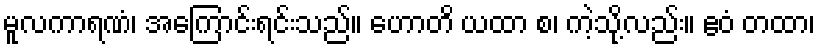
မူလကာရဏံ၊ အကြောင်းရင်းသည်။ ဟောတိ ယထာ စ၊ ကဲ့သို့လည်း။ ဧဝံ တထာ၊